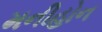
મનીહોન